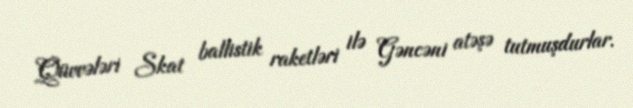
Qüvvələri Skat ballistik raketləri ilə Gəncəni atəşə tutmuşdurlar.